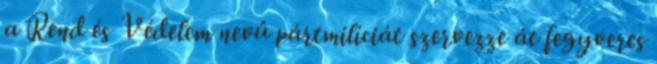
a Rend és Védelem nevû pártmilíciát szervezze át fegyveres